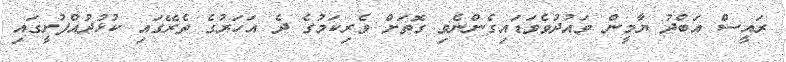
ރައީސް އަބްދު ޔާމީން ވައުދުވެވަޑައިގެންނެވި ގޮތަށް ވެރިކަމުގެ ދެ އަހަރުގެ ތެރޭގައި ކުޅުދުއްފުށީގައި